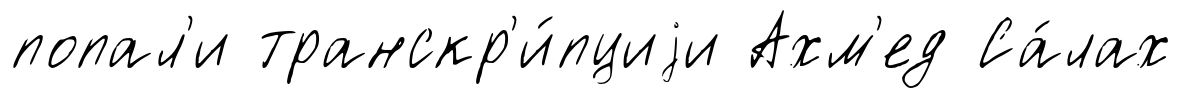
попал'и транскр'и́пциjи Ахм'ед Са́лах